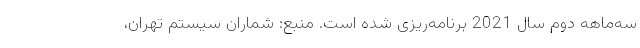
سه‌ماهه دوم سال 2021 برنامه‌ریزی شده است. منبع: شماران سیستم تهران،